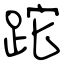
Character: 跎